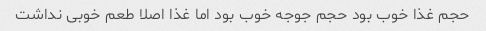
حجم غذا خوب بود حجم جوجه خوب بود اما غذا اصلا طعم خوبی نداشت